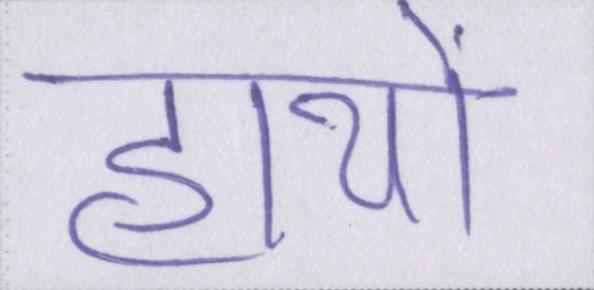
हाथों